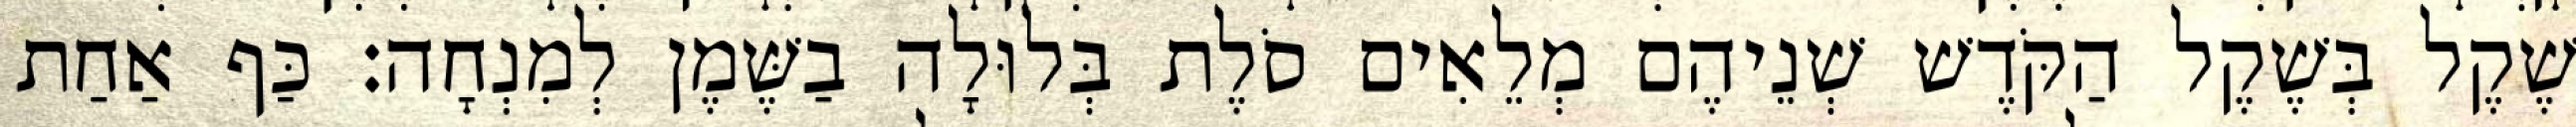
שֶׁקֶל בְּשֶׁקֶל הַקֹּדֶשׁ שְׁנֵיהֶם מְלֵאִים סֹלֶת בְּלוּלָה בַשֶּׁמֶן לְמִנְחָה׃ כַּף אַחַת